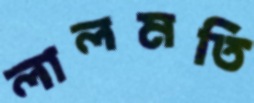
লালমতি